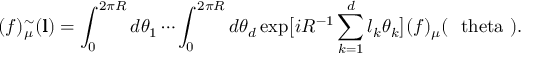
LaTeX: ( f ) _ { \mu } ^ { \sim } ( { \bf l } ) = \int _ { 0 } ^ { 2 \pi R } d \theta _ { 1 } \cdots \int _ { 0 } ^ { 2 \pi R } d \theta _ { d } \exp \bigl [ i R ^ { - 1 } \sum _ { k = 1 } ^ { d } l _ { k } \theta _ { k } \bigr ] ( f ) _ { \mu } ( \mathrm { \boldmath { ~ \ t h e t a ~ } } ) .